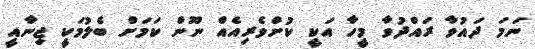
ނަމަ ދައުވާ ރައްދުވާ މީހާ އަކީ ކުށްވެރިއެއް ނޫން ކަމަށް ބެލުމަކީ ޖިނާއީ